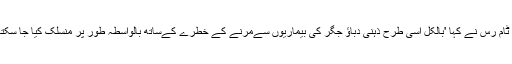
محقق ٹام رس نے کہا 'بالکل اسی طرح ذہنی دباؤ جگر کی بیماریوں سےمرنے کے خطرے کےساتھ بالواسطہ طور پر منسلک کیا جا سکتا ہے'۔